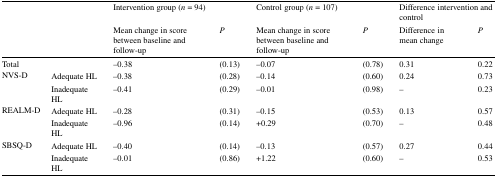
| <COLSPAN=2>  | <COLSPAN=2> Intervention group (n = 94) | <COLSPAN=2> Control group (n = 107) | <COLSPAN=2> Difference intervention and control |
 |  |  | Mean change in score between baseline and follow-up | P | Mean change in score between baseline and follow-up | P | Difference in mean change | P |
 | --- | --- | --- | --- | --- | --- | --- | --- |
 | <COLSPAN=2> Total | −0.38 | (0.13) | −0.07 | (0.78) | 0.31 | 0.22 |
 | <ROWSPAN=2> NVS-D | Adequate HL | −0.38 | (0.28) | −0.14 | (0.60) | 0.24 | 0.73 |
 | Inadequate HL | −0.41 | (0.29) | −0.01 | (0.98) | – | 0.23 |
 | <ROWSPAN=2> REALM-D | Adequate HL | −0.28 | (0.31) | −0.15 | (0.53) | 0.13 | 0.57 |
 | Inadequate HL | −0.96 | (0.14) | +0.29 | (0.70) | – | 0.48 |
 | <ROWSPAN=2> SBSQ-D | Adequate HL | −0.40 | (0.14) | −0.13 | (0.57) | 0.27 | 0.44 |
 | Inadequate HL | −0.01 | (0.86) | +1.22 | (0.60) | – | 0.53 |